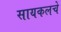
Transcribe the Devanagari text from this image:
सायकलचे